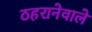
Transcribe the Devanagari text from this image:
ठहरानेवाले